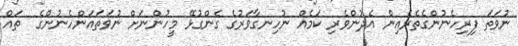
ނުވަތަ ފިރިހެނުންގެތެރެއިން އެދުންވެރި ކަމެއް ނުހިނގާވަރުގެ ގެންގުޅޭ މީހުންނަށް ނުވަތައަންހެނުންގެ  ތައް